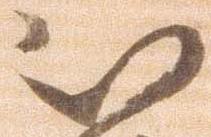
被